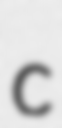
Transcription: c